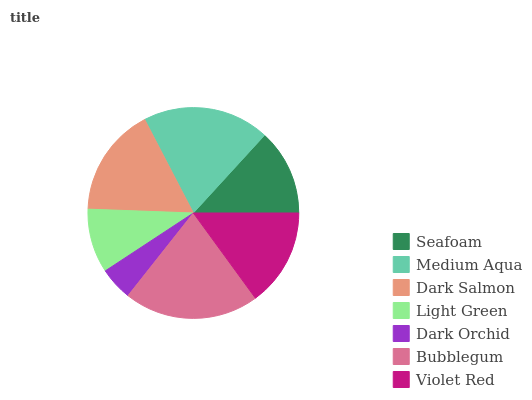
| Seafoam | Medium Aqua | Dark Salmon | Light Green | Dark Orchid | Bubblegum | Violet Red |
 | --- | --- | --- | --- | --- | --- | --- |
 | 13.2% | 19.4% | 16.7% | 9.84% | 5.1% | 20.7% | 15% |